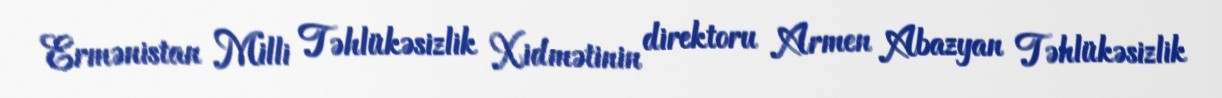
Ermənistan Milli Təhlükəsizlik Xidmətinin direktoru Armen Abazyan Təhlükəsizlik